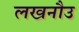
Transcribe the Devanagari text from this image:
लखनौउ